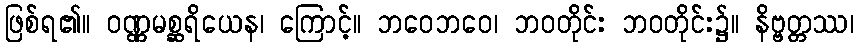
ဖြစ်ရ၏။ ဝဏ္ဏမစ္ဆရိယေန၊ ကြောင့်။ ဘဝေဘဝေ၊ ဘဝတိုင်း ဘဝတိုင်း၌။ နိဗ္ဗတ္တဿ၊